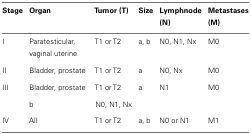
| Stage | Organ | Tumor (T) | Size | Lymphnode (N) | Metastases (M) |
 | --- | --- | --- | --- | --- | --- |
 | I | Paratesticular, vaginal uterine | T1 or T2 | a, b | N0, N1, Nx | M0 |
 | II | Bladder, prostate | T1 or T2 | a | N0, Nx | M0 |
 | III | Bladder, prostate | T1 or T2 | a | N1 | M0 |
 |  | b | N0, N1, Nx |  |
 | IV | All | T1 or T2 | a, b | N0 or N1 | M1 |